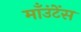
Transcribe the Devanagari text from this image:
माँउंटेंस